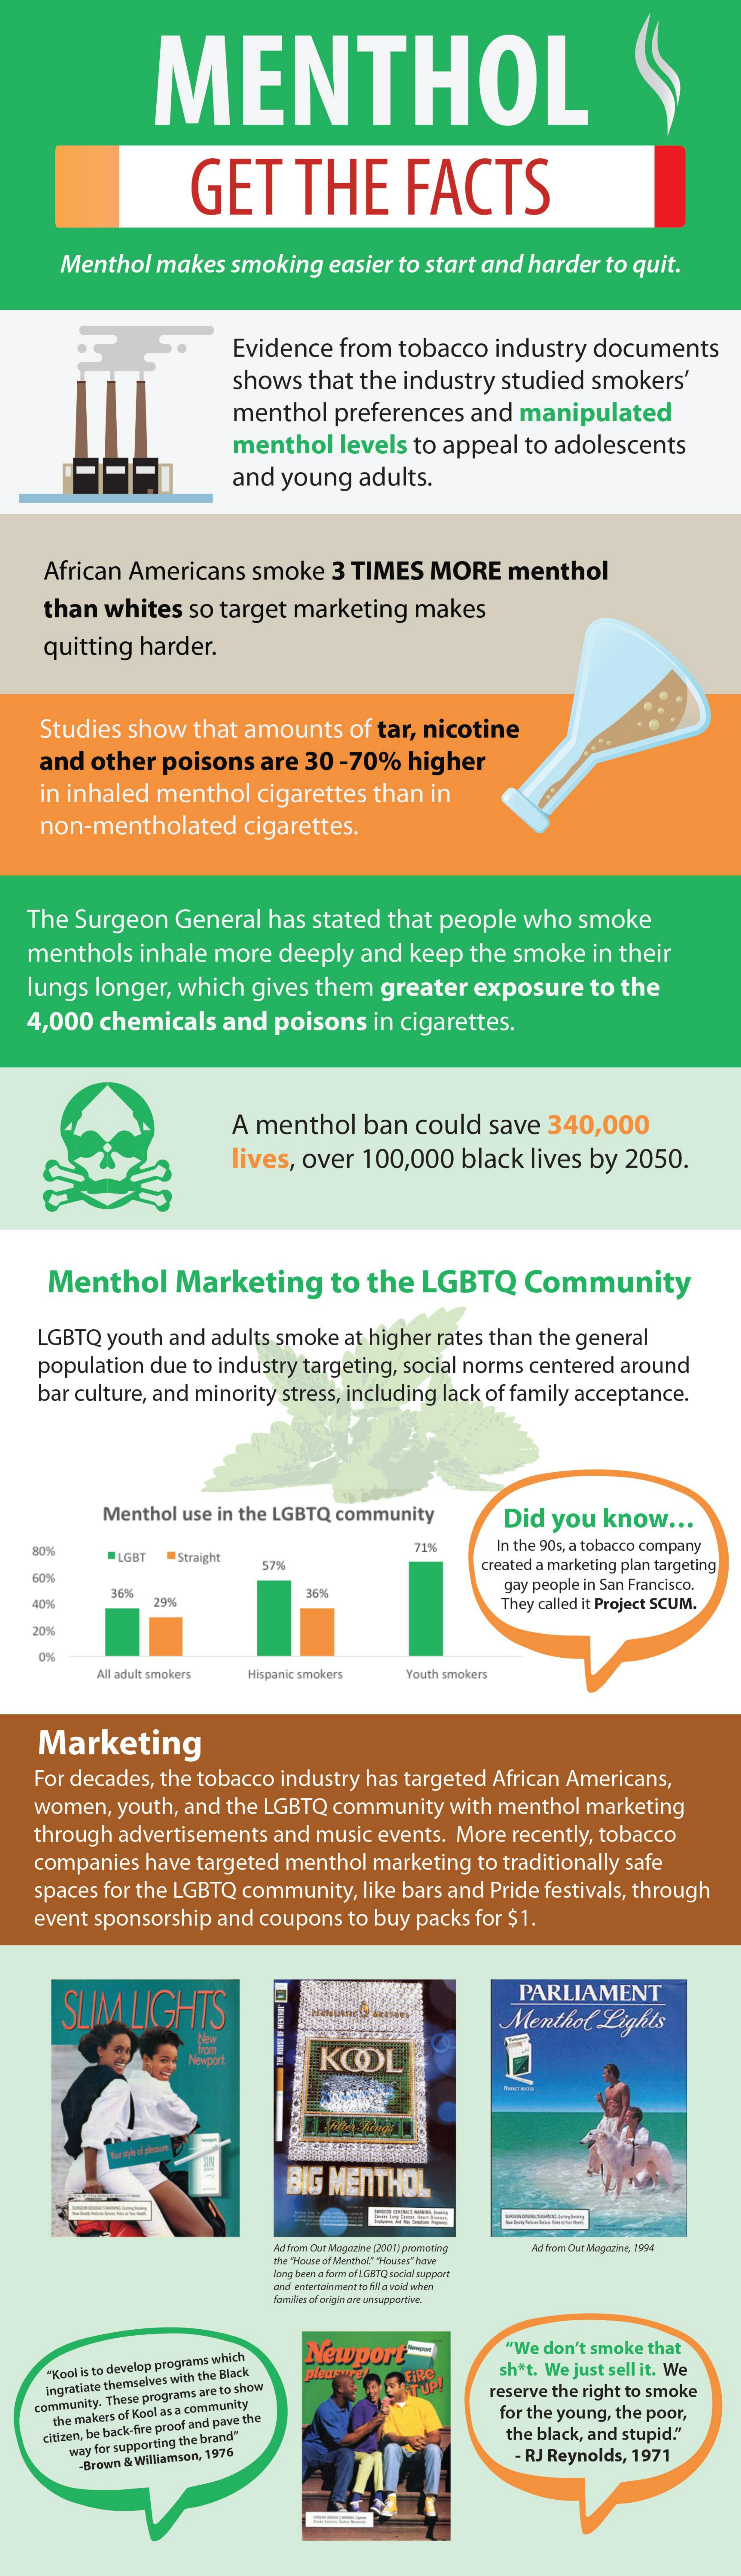
MENTHOL
     GET    THE    FACTS
     Menthol  makes  smoking  easier to start and harder to quit.
     Evidence  from tobacco  industry documents
     shows  that the industry studied smokers'
     menthol  preferences  and  manipulated
     menthol   levels to appeal to adolescents
     and young  adults.
    African Americans  smoke   3 TIMES  MORE   menthol
    than  whites  so target marketing  makes
    quitting harder.
    Studies show  that amounts   of tar, nicotine
    and other  poisons  are  30 -70%  higher
    in inhaled menthol  cigarettes than in
    non-mentholated    cigarettes.
   The Surgeon  General  has stated that people  who  smoke
   menthols  inhale more  deeply  and keep  the smoke  in their
   lungs longer, which gives them   greater exposure   to the
   4,000 chemicals   and  poisons  in cigarettes.
     A menthol   ban  could  save 340,000
     lives, over 100,000  black lives by 2050.
     Menthol    Marketing    to the  LGBTQ    Community
    LGBTQ youth and adults smoke at higher rates than the general
    population due to industry targeting, social norms centered around
    bar culture, and minority stress, including lack of family acceptance.
     Menthol use in the LGBTQ community   Did you  know  ...
   80%    LGBT
     In the 90s, a tobacco company
     Straight
     71%
     57%    created a marketing plan targeting
   60%
     36%    gay people in San Francisco.
   40%    29%
     36%
     They called it Project SCUM.
   20%
     All adult smokers Hispanic smokers Youth smokers
    Marketing
   For decades, the tobacco industry has targeted African Americans,
   women,  youth, and the LGBTQ community with menthol marketing
   through advertisements and music events. More recently, tobacco
   companies have targeted menthol marketing to traditionally safe
    spaces for the LGBTQ community, like bars and Pride festivals, through
    event sponsorship and coupons to buy packs for $1.
     SLIM  LIGHTS
     PARLIAMENT
     Menthol  Lights
     Newport    KOOL
     BIG MENTHOL
     Ad from Out Magazine (2007) promoting Ad boro Out Magazine, 1994
     me "House of Menthol"Houses" how
     long banen d form of LGBTQ social support
     and entertainment to Me void when
     families of origin one un papportive.
     Newport    "We don't smoke that
     "Kool is to develop programs which
     pleaseFE    sh"t. We just sell it. We
    ingratiate themselves with the Black
     reserve the right to smoke
   community. These programs are to show
     the makers of Kool as a community    for the young, the poor,
    citizen, be back-fire proof and pave the
     the black, and stupid."
     way for supporting the brand"
     -Brown & Williamson, 1976    - RJ Reynolds, 1971